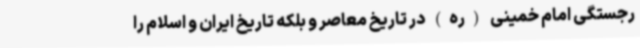
رجستگی امام خمینی (ره) در تاریخ معاصر و بلکه تاریخ ایران و اسلام را